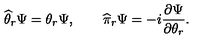
\widehat \theta _ { r } \Psi = \theta _ { r } \Psi , \qquad \widehat \pi _ { r } \Psi = - i \frac { \partial \Psi } { \partial \theta _ { r } } .